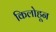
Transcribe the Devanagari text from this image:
किलोहून